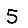
Digit: 5